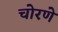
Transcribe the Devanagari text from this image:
चोरणे